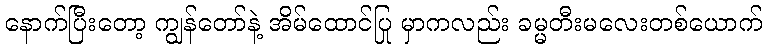
နောက်ပြီးတော့ ကျွန်တော်နဲ့ အိမ်ထောင်ပြု မှာကလည်း ခမ္မတီးမလေးတစ်ယောက်